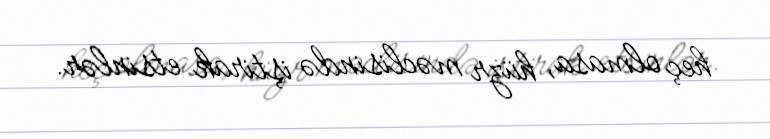
heç olmasa, hüzr məclisində iştirak etsinlər.